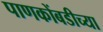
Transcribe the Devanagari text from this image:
पाणकोंबडीच्या